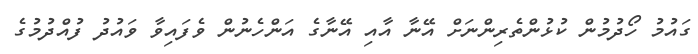
ގައުމު ހޯދުމުން ކުޅުންތެރިންނަށް އޭނާ އާއި އޭނާގެ އަންހެނުން ވެފައިވާ ވައުދު ފުއްދުމުގެ